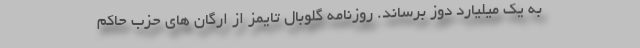
به یک میلیارد دوز برساند. روزنامه گلوبال تایمز از ارگان های حزب حاکم